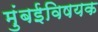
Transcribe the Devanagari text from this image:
मुंबईविषयक